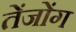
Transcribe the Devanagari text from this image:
तेंजोंग